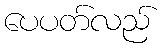
ပေပတ်လည်